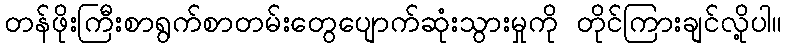
တန်ဖိုးကြီးစာရွက်စာတမ်းတွေပျောက်ဆုံးသွားမှုကို တိုင်ကြားချင်လို့ပါ။